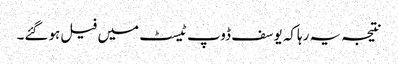
نتیجہ یہ رہاکہ یوسف ڈوپ ٹیسٹ میں فیل ہوگئے۔